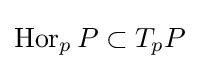
\operatorname {Hor} _{p}P\subset T_{p}P